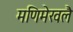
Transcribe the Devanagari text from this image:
मणिमेखलै